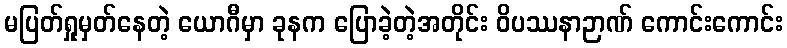
မပြတ်ရှုမှတ်နေတဲ့ ယောဂီမှာ ခုနက ပြောခဲ့တဲ့အတိုင်း ဝိပဿနာဉာဏ် ကောင်းကောင်း